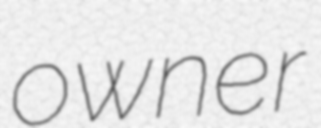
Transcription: owner